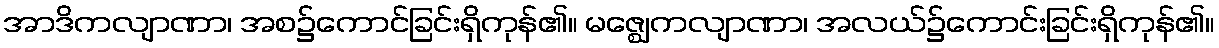
အာဒိကလျာဏာ၊ အစ၌ကောင်ခြင်းရှိကုန်၏။ မဇ္ဈေကလျာဏာ၊ အလယ်၌ကောင်းခြင်းရှိကုန်၏။